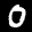
Label: 0